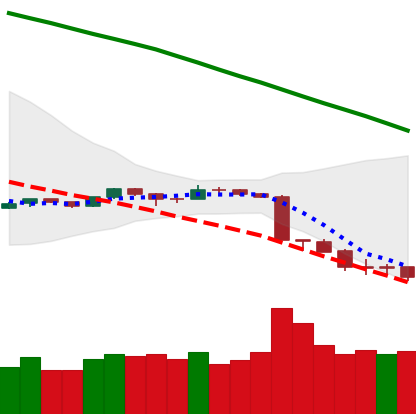
Ticker: ETH-USD
Chart end date: 2018-09-11
Forward return: 19.195%
Label: up_7plus